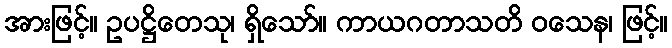
အားဖြင့်။ ဥပဋ္ဌိတေသု၊ ရှိသော်။ ကာယဂတာသတိ ဝသေန၊ ဖြင့်။